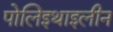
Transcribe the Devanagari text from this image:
पोलिइथाइलीन